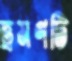
ভ্রমণটি